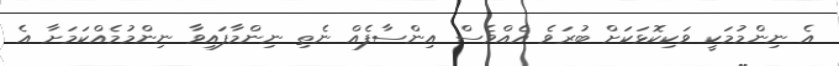
އެ ނިންމުމަކީ ވަކިކޮޅަކަށް ބުރަވެ އެއްވެސް އިންސާފެއް ނެތި ނިންމާފައިވާ ނިންމުމެއްކަމަށާ އެ